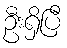
ဦးရှိပြီ